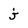
Character: j